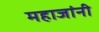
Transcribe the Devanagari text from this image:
महाजांनी